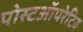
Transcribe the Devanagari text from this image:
पोस्टऑपरेटिव